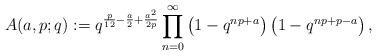
LaTeX: \begin{align*}A(a,p;q):=q^{\frac{p}{12}-\frac{a}{2}+\frac{a^2}{2p}}\prod^{\infty}_{n=0}\left(1-q^{np+a}\right)\left(1-q^{np+p-a}\right),\end{align*}